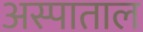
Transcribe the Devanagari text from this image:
अस्पाताल